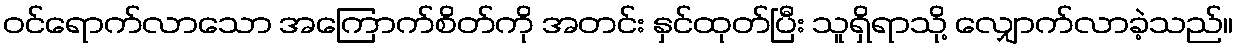
ဝင်ရောက်လာသော အကြောက်စိတ်ကို အတင်း နှင်ထုတ်ပြီး သူရှိရာသို့ လျှောက်လာခဲ့သည်။